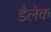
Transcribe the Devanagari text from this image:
डैलेक